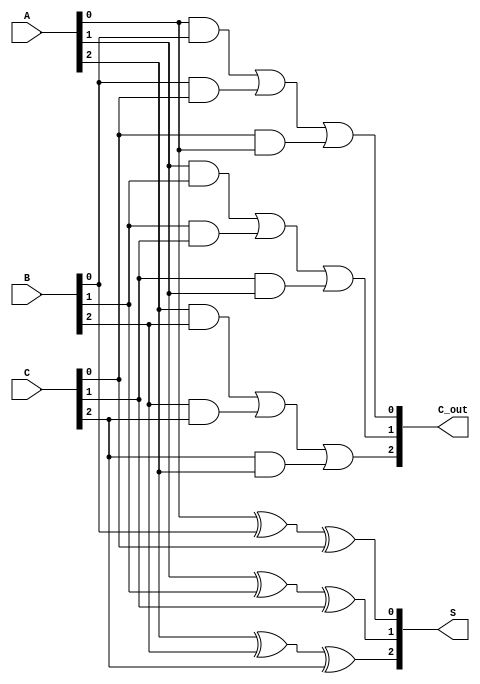
module CarrySaveAdder (
    input  [2:0] A,   // 3-bit input A
    input  [2:0] B,   // 3-bit input B
    input  [2:0] C,   // 3-bit input C
    output [2:0] S,   // 3-bit sum output
    output [2:0] C_out // 3-bit carry output
);

    // Intermediate signals for sum and carry
    wire [2:0] sum;
    wire [2:0] carry;

    // Full adder logic for each bit position
    // Bit 0
    assign sum[0] = A[0] ^ B[0] ^ C[0]; // SUM = A0 XOR B0 XOR C0
    assign carry[0] = (A[0] & B[0]) | (B[0] & C[0]) | (C[0] & A[0]); // CARRY = (A0 AND B0) OR (B0 AND C0) OR (C0 AND A0)

    // Bit 1
    assign sum[1] = A[1] ^ B[1] ^ C[1]; // SUM = A1 XOR B1 XOR C1
    assign carry[1] = (A[1] & B[1]) | (B[1] & C[1]) | (C[1] & A[1]); // CARRY = (A1 AND B1) OR (B1 AND C1) OR (C1 AND A1)

    // Bit 2
    assign sum[2] = A[2] ^ B[2] ^ C[2]; // SUM = A2 XOR B2 XOR C2
    assign carry[2] = (A[2] & B[2]) | (B[2] & C[2]) | (C[2] & A[2]); // CARRY = (A2 AND B2) OR (B2 AND C2) OR (C2 AND A2)

    // Assign outputs
    assign S = sum;       // Assign sum output
    assign C_out = carry; // Assign carry output

endmodule